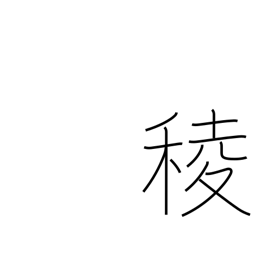
Meaning: angle